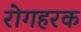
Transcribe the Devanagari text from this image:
रोगहरक